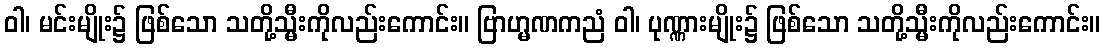
ဝါ၊ မင်းမျိုး၌ ဖြစ်သော သတို့သ္မီးကိုလည်းကောင်း။ ဗြာဟ္မဏကညံ ဝါ၊ ပုဏ္ဏားမျိုး၌ ဖြစ်သော သတို့သ္မီးကိုလည်းကောင်း။